Leaving Certificate, 1900
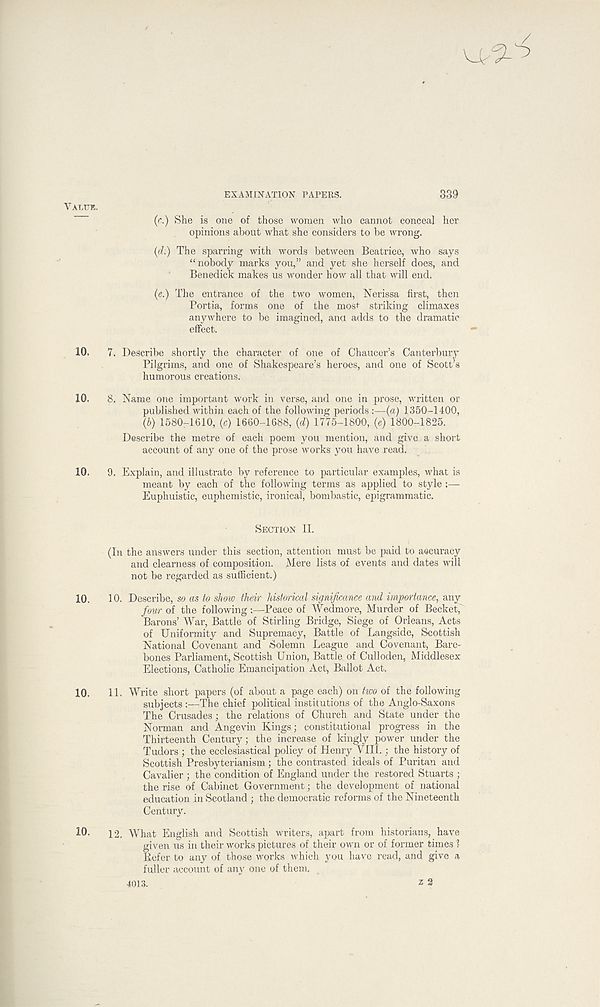
VALUE.
EXAMINATION PAPERS.
339
(c.) She is one of those women who cannot conceal her
opinions about what she considers to be wrong.
(d.) The sparring with words between Beatrice, who says
“nobody marks you,” and yet she herself does, and
Benedick makes us wonder how all that will end.
(e.) The entrance of the two women, Nerissa first, then
Portia, forms one of the mosi striking climaxes
anywhere to be imagined, ana adds to the dramatic
effect.
10.
7. Describe shortly the character of one of Chaucer’s Canterbury
Pilgrims, and one of Shakespeare’s heroes, and one of Scott’s
humorous creations.
10.
8. Name one important work in verse, and one in prose, written or
published within each of the following periods :—(a) 1350-1400,
(b) 1580-1610, (c) 1660-1688, (d) 1775-1800, (e) 1800-1825.
Describe the metre of each poem you mention, and give a short
account of any one of the prose works you have read.
10.
9. Explain, and illustrate by reference to particular examples, what is
meant by each of the following terms as applied to style
Euphuistic, euphemistic, ironical, bombastic, epigrammatic.
SECTION II.
(In the answers under this section, attention must be paid to accuracy
and clearness of composition. Mere lists of events and dates will
not be regarded as sufficient.)
10.
10. Describe, so as to show their historical significance and importance, any
four of the following:—Peace of Wedmore, Murder of Bechet,'
Barons’ War, Battle of Stirling Bridge, Siege of Orleans, Acts
of Uniformity and Supremacy, Battle of Langside, Scottish
National Covenant and Solemn League and Covenant, Bare-
bones Parliament, Scottish Union, Battle of Culloden, Middlesex
Elections, Catholic Emancipation Act, Ballot Act.
10.
11. Write short papers (of about a page each) on two of the following
subjects —The chief political institutions of the Anglo-Saxons
The Crusades; the relations of Church and State under the
Norman and Angevin Kings; constitutional progress in the
Thirteenth Century; the increase of kingly power under the
Tudors ; the ecclesiastical policy of Henry VIII.; the history of
Scottish Presbyterianism; the contrasted ideals of Puritan and
Cavalier ; the condition of England under the restored Stuarts ;
the rise of Cabinet Government; the development of national
education in Scotland ; the democratic reforms of the Nineteenth
Century.
10-
12. What English and Scottish writers, apart from historians, have
given us in their works pictures of their own or of former times 1
Defer to any of those works which you have read, and give a
fuller account of any one of them.
4013.
Z 2